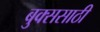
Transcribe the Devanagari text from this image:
बुक्ससाठी